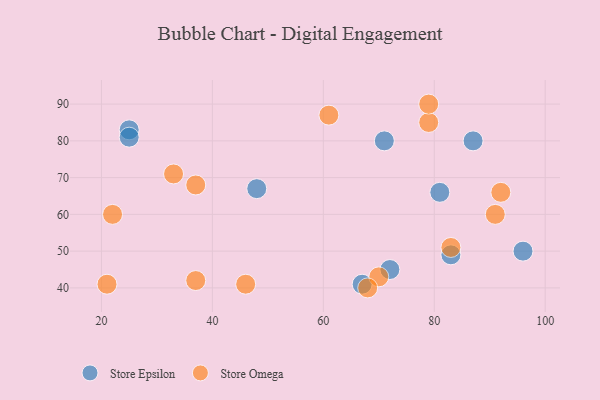
{"axis": {"x": "GDP", "y": "Life Expectancy"}, "legend": ["Store Epsilon", "Store Omega"], "data": [{"x": "67", "y": 41, "type": "Store Epsilon"}, {"x": "87", "y": 80, "type": "Store Epsilon"}, {"x": "96", "y": 50, "type": "Store Epsilon"}, {"x": "83", "y": 49, "type": "Store Epsilon"}, {"x": "71", "y": 80, "type": "Store Epsilon"}, {"x": "48", "y": 67, "type": "Store Epsilon"}, {"x": "25", "y": 83, "type": "Store Epsilon"}, {"x": "72", "y": 45, "type": "Store Epsilon"}, {"x": "81", "y": 66, "type": "Store Epsilon"}, {"x": "25", "y": 81, "type": "Store Epsilon"}, {"x": "79", "y": 85, "type": "Store Omega"}, {"x": "21", "y": 41, "type": "Store Omega"}, {"x": "37", "y": 42, "type": "Store Omega"}, {"x": "79", "y": 90, "type": "Store Omega"}, {"x": "33", "y": 71, "type": "Store Omega"}, {"x": "70", "y": 43, "type": "Store Omega"}, {"x": "61", "y": 87, "type": "Store Omega"}, {"x": "83", "y": 51, "type": "Store Omega"}, {"x": "91", "y": 60, "type": "Store Omega"}, {"x": "46", "y": 41, "type": "Store Omega"}, {"x": "68", "y": 40, "type": "Store Omega"}, {"x": "37", "y": 68, "type": "Store Omega"}, {"x": "22", "y": 60, "type": "Store Omega"}, {"x": "92", "y": 66, "type": "Store Omega"}]}